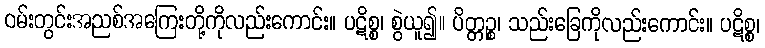
ဝမ်းတွင်းအညစ်အကြေးတို့ကိုလည်းကောင်း။ ပဋိစ္စ၊ စွဲယူ၍။ ပိတ္တဉ္စ၊ သည်းခြေကိုလည်းကောင်း။ ပဋိစ္စ၊